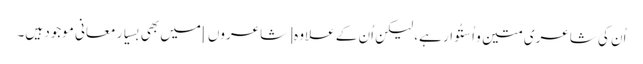
اُن کی شاعری متین و اُستُوار ہے، لیکن اُن کے علاوہ [شاعروں] میں بھی بِسیار معانی موجود ہیں۔